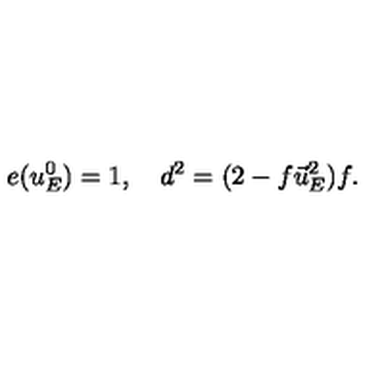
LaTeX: e ( u _ { E } ^ { 0 } ) = 1 , \quad d ^ { 2 } = ( 2 - f \vec { u } _ { E } ^ { 2 } ) f .